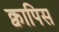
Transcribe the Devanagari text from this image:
क्वापिस